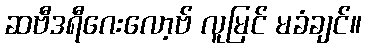
ဆဗီဒရီဂေးလော့ဗ် လူမြင် မခံချင်။